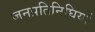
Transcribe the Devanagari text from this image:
जनप्रतिनिघियों